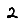
Digit: 2